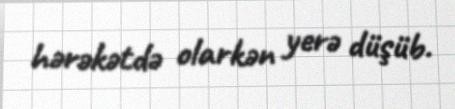
hərəkətdə olarkən yerə düşüb.